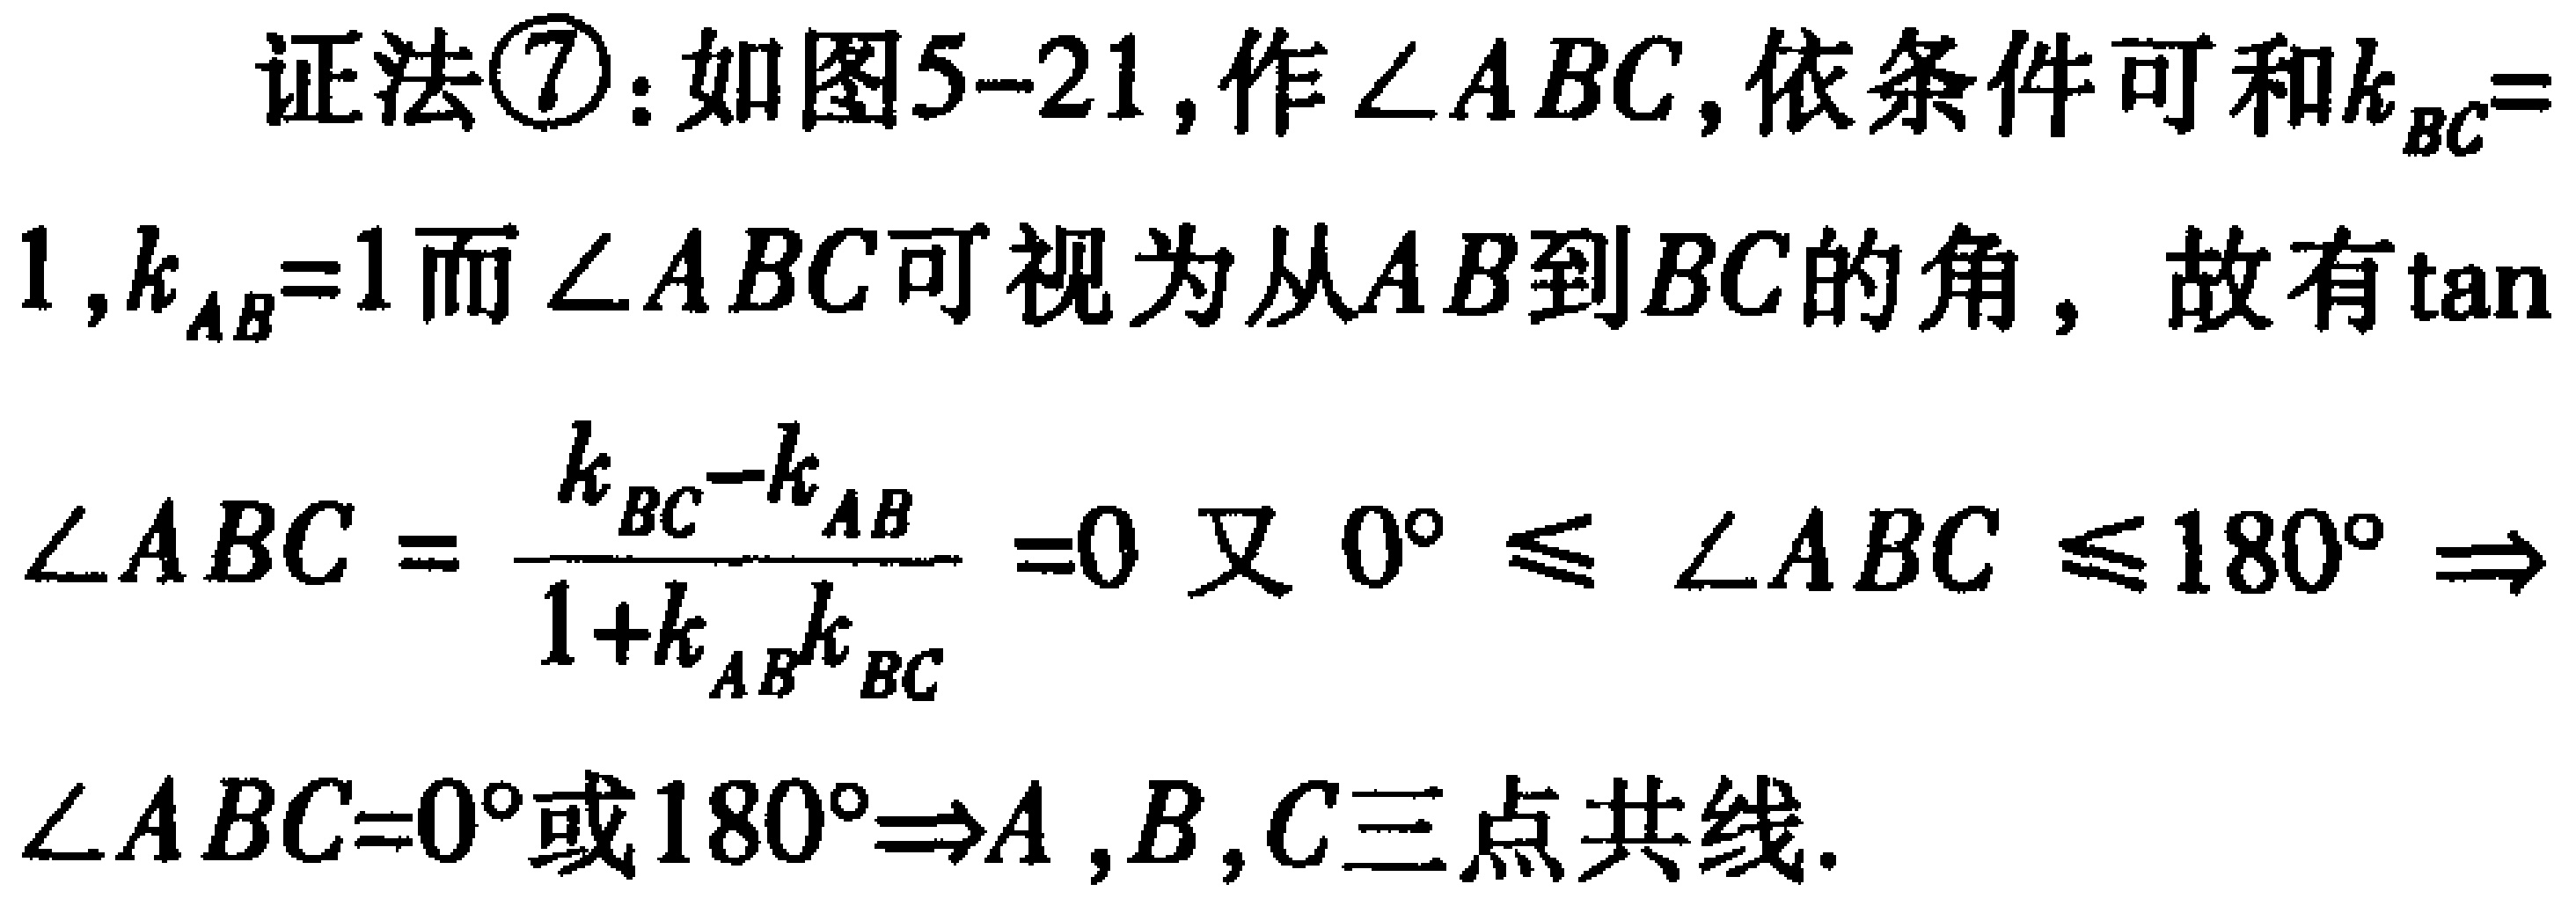
证法\textcircled{7}：如图5--21, 作\(\angle ABC\), 依条件可知\(k_{BC}=1,k_{AB}=1\)而\(\angle ABC\)可视为从\(AB\)到\(BC\)的角, 故有\(\tan\angle ABC = \frac{k_{BC}-k_{AB}}{1 + k_{AB}k_{BC}} = 0\)又\(0^{\circ}\leq\angle ABC\leq180^{\circ}\Rightarrow\angle ABC = 0^{\circ}\)或\(180^{\circ}\Rightarrow A,B,C\)三点共线.